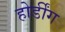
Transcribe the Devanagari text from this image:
होर्डींग